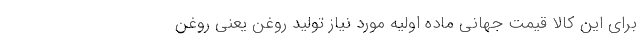
برای این کالا قیمت جهانی ماده اولیه مورد نیاز تولید روغن یعنی روغن